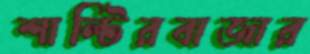
শাল্টিরবাজার